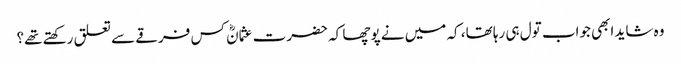
وہ شاید ابھی جواب تول ہی رہا تھا، کہ میں نے پوچھا کہ حضرت عثمانؓ کس فرقے سے تعلق رکھتے تھے؟